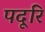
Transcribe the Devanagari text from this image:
पदूरि